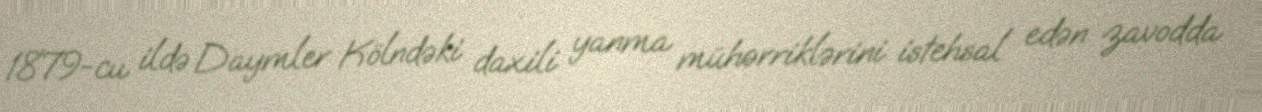
1879-cu ildə Daymler Kölndəki daxili yanma mühərriklərini istehsal edən zavodda